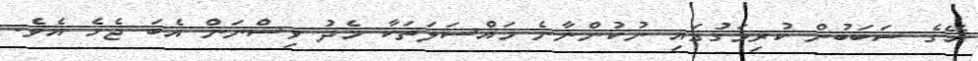
އޭގެ ސަބަބުން ކުރިމަގުގައި ނުކުންނާނެ މައްސަލަތަކާ މެދު ވިސްނަން އެބަ ޖެހެ އެވެ.